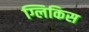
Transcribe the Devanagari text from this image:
ग्लिकिस